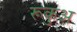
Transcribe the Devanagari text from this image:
रूकुअ